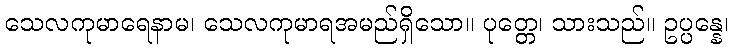
သေလကုမာရေနာမ၊ သေလကုမာရအမည်ရှိသော။ ပုတ္တေ၊ သားသည်။ ဥပ္ပန္နေ၊